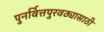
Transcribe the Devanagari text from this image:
पुनर्वित्तपुरवठ्यासाठी